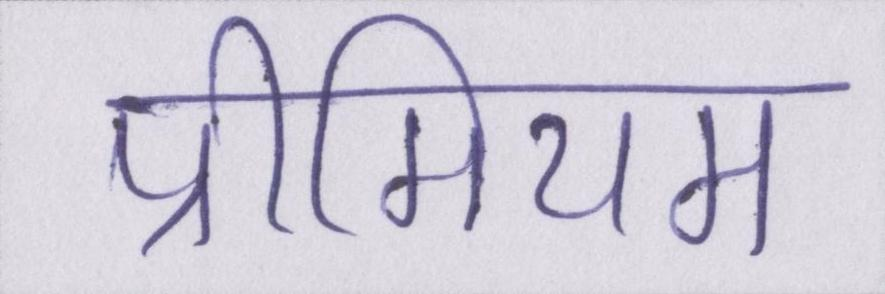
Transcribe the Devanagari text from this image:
प्रीमियम